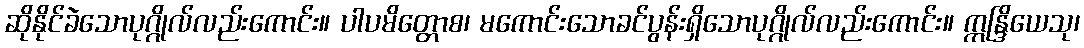
ဆိုနိုင်ခဲသောပုဂ္ဂိုလ်လည်းကောင်း။ ပါပမိတ္တောစ၊ မကောင်းသောခင်ပွန်းရှိသောပုဂ္ဂိုလ်လည်းကောင်း။ ဣန္ဒြိယေသု၊